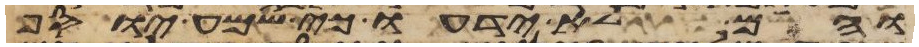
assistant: והם לא ידעו כי שמע יוסף